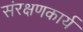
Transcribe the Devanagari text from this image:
संरक्षणकार्य